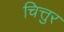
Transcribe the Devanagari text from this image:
चित्तुर